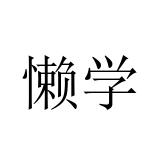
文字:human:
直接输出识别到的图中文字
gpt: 懒学